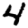
Digit: 4